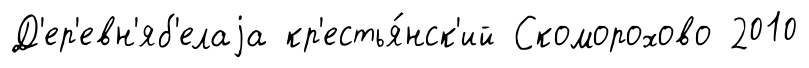
Д'ер'евн'яб'елаjа кр'естья́нск'ий Скоморохово 2010